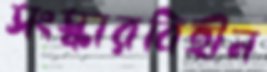
সংস্কারবিহীন